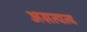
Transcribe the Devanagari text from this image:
असत्यत्व